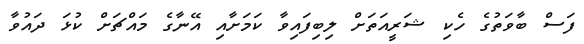
ފަސް ބާވަތުގެ ހެކި ޝަރީއަތަށް ލިބިފައިވާ ކަމަށާއި އޭނާގެ މައްޗަށް ކުޅަ ދައުވާ